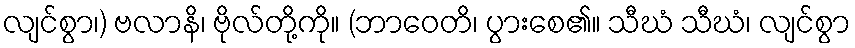
လျင်စွာ၊) ဗလာနိ၊ ဗိုလ်တို့ကို။ (ဘာဝေတိ၊ ပွားစေ၏။ သီဃံ သီဃံ၊ လျင်စွာ